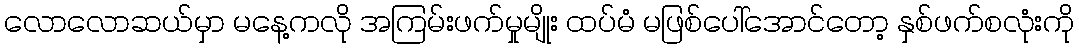
လောလောဆယ်မှာ မနေ့ကလို အကြမ်းဖက်မှုမျိုး ထပ်မံ မဖြစ်ပေါ်အောင်တော့ နှစ်ဖက်စလုံးကို